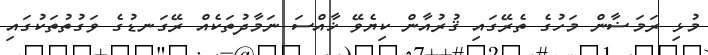
މުޅި ރަމަޟާން މަހުގެ ތެރޭގައި ޤުރުއާން ކިޔެވޭ ޚާއްސަ ނަމާދުތަކެއް ރޭގަނޑުގެ ވަގުތުތަކުގައި